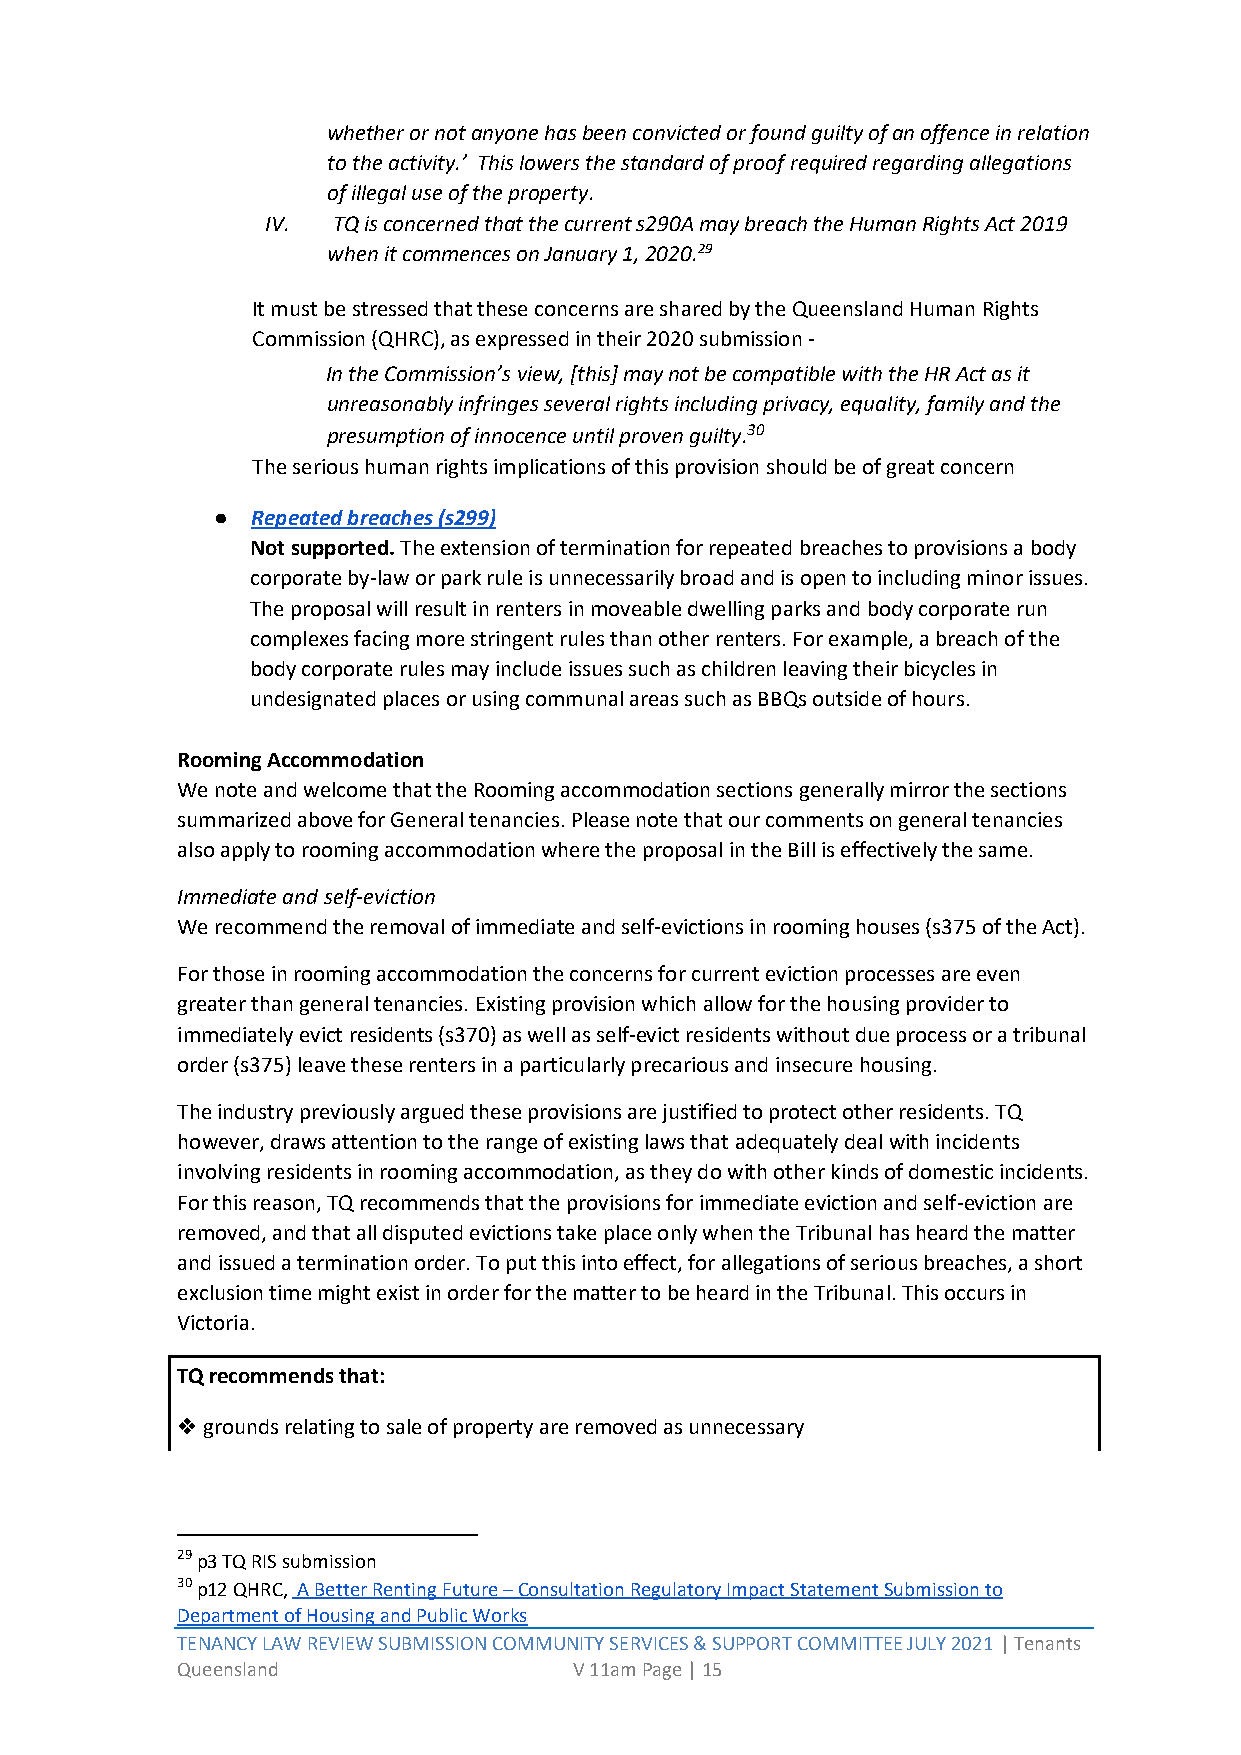
whether or not anyone has been convicted or found guilty of an offence in relation
 to the activity.’ This lowers the standard of proof required regarding allegations
 of illegal use of the property.
 IV. TQ is concerned that the current s290A may breach the Human Rights Act 2019
 when it commences on January 1, 2020.29
 It must be stressed that these concerns are shared by the Queensland Human Rights
 Commission (QHRC), as expressed in their 2020 submission -
 In the Commission’s view, [this] may not be compatible with the HR Act as it
 unreasonably infringes several rights including privacy, equality, family and the
 presumption of innocence until proven guilty.30
 The serious human rights implications of this provision should be of great concern
 ●  Repeated breaches (s299)
 Not supported. The extension of termination for repeated breaches to provisions a body
 corporate by-law or park rule is unnecessarily broad and is open to including minor issues.
 The proposal will result in renters in moveable dwelling parks and body corporate run
 complexes facing more stringent rules than other renters. For example, a breach of the
 body corporate rules may include issues such as children leaving their bicycles in
 undesignated places or using communal areas such as BBQs outside of hours.
 Rooming Accommodation
 We note and welcome that the Rooming accommodation sections generally mirror the sections
 summarized above for General tenancies. Please note that our comments on general tenancies
 also apply to rooming accommodation where the proposal in the Bill is effectively the same.
 Immediate and self-eviction
 We recommend the removal of immediate and self-evictions in rooming houses (s375 of the Act).
 For those in rooming accommodation the concerns for current eviction processes are even
 greater than general tenancies. Existing provision which allow for the housing provider to
 immediately evict residents (s370) as well as self-evict residents without due process or a tribunal
 order (s375) leave these renters in a particularly precarious and insecure housing.
 The industry previously argued these provisions are justified to protect other residents. TQ
 however, draws attention to the range of existing laws that adequately deal with incidents
 involving residents in rooming accommodation, as they do with other kinds of domestic incidents.
 For this reason, TQ recommends that the provisions for immediate eviction and self-eviction are
 removed, and that all disputed evictions take place only when the Tribunal has heard the matter
 and issued a termination order. To put this into effect, for allegations of serious breaches, a short
 exclusion time might exist in order for the matter to be heard in the Tribunal. This occurs in
 Victoria.
 TQ recommends that:
 ❖ grounds relating to sale of property are removed as unnecessary
 29 p3 TQ RIS submission
 30 p12 QHRC, A Better Renting Future – Consultation Regulatory Impact Statement Submission to
 Department of Housing and Public Works
 TENANCY LAW REVIEW SUBMISSION COMMUNITY SERVICES & SUPPORT COMMITTEE JULY 2021 | Tenants
 Queensland                V 11am Page | 15